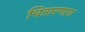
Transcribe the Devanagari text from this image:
चितारणारा